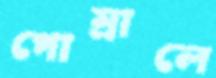
গোম্‌রালে